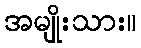
အမျိုးသား။